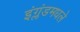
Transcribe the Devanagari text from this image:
इंग्लंडमधले